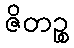
ဇိတဉ္စ